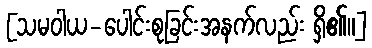
[သမဝါယ-ပေါင်းစုခြင်းအနက်လည်း ရှိ၏။]